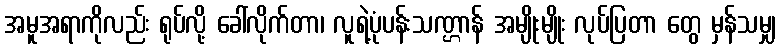
အမူအရာကိုလည်း ရုပ်လို့ ခေါ်လိုက်တာ၊ လူရဲ့ပုံပန်းသဏ္ဌာန် အမျိုးမျိုး လုပ်ပြတာ တွေ မှန်သမျှ